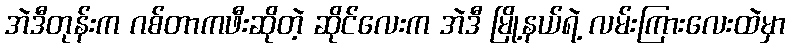
အဲဒီတုန်းက ဂစ်တာကဖီးဆိုတဲ့ ဆိုင်လေးက အဲဒီ မြို့နယ်ရဲ့ လမ်းကြားလေးထဲမှာ